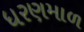
ધરણમાળ